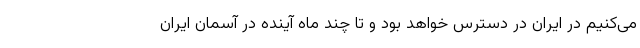
می‌کنیم در ایران در دسترس خواهد بود و تا چند ماه آینده در آسمان ایران